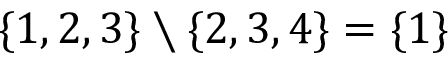
\{ 1 , 2 , 3 \} \setminus \{ 2 , 3 , 4 \} = \{ 1 \}